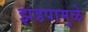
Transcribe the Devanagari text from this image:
झडपामुळे